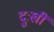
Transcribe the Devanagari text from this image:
दुःखीं